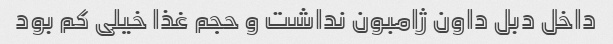
داخل دبل داون ژامبون نداشت و حجم غذا خیلی کم بود